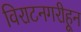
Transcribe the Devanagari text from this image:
विराटनगरीहून